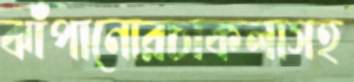
ঝাঁপানোরচাকলাসহ